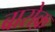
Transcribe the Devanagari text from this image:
बारोक़